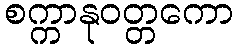
စက္ကာနုဝတ္တကော